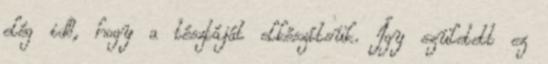
elég idő, hogy a tésztáját elkészítsük. Így született ez